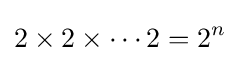
2\times 2\times \cdots 2=2^{n}